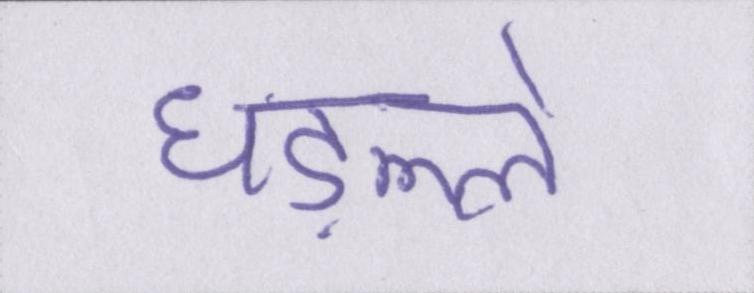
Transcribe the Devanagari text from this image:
धड़ल्ले